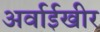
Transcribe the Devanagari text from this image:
अर्वाईखीर